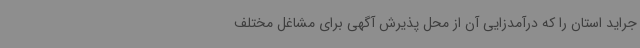
جراید استان را که درآمدزایی آن از محل پذیرش آگهی برای مشاغل مختلف